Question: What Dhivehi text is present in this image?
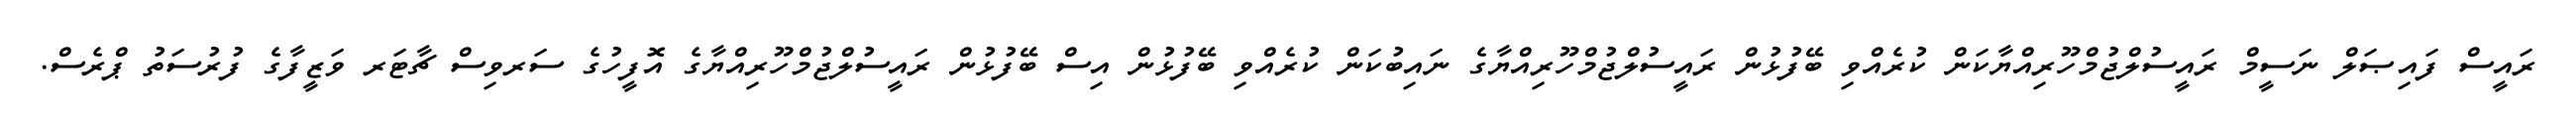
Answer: ރައީސް ފައިޞަލް ނަސީމް ރައީސުލްޖުމްހޫރިއްޔާކަން ކުރެއްވި ބޭފުޅުން ރައީސުލްޖުމްހޫރިއްޔާގެ ނައިބުކަން ކުރެއްވި ބޭފުޅުން އިސް ބޭފުޅުން ރައީސުލްޖުމްހޫރިއްޔާގެ އޮފީހުގެ ސަރވިސް ޗާޓަރ ވަޒީފާގެ ފުރުސަތު ޕްރެސް.